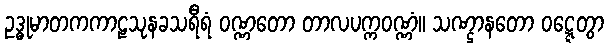
ဥဒ္ဓုမာတကကာဠသုနခသရီရံ ဝဏ္ဏတော တာလပက္ကဝဏ္ဏံ။ သဏ္ဌာနတော ဝဋ္ဋေတွာ